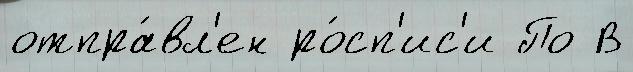
отпра́вл'ен ро́сп'ис'и По В